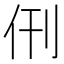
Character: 𬽰